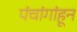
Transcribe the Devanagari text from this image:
पंचांगांहून